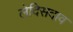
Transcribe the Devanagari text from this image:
लेदिसदाव